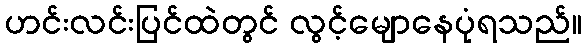
ဟင်းလင်းပြင်ထဲတွင် လွင့်မျောနေပုံရသည်။